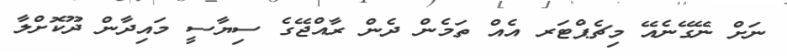
ނަށް ނޭގޭނެއޭ މިޗެޕްޓަރ އެއް ތަމެން ދެން ރާއްޖޭގެ ސިޔާސީ މައިދާން ދޫކޮށްލާ